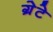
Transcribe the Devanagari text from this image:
ग्रेटे